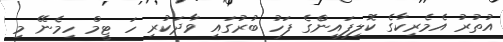
އުތުރު އެމެރިކާގެ ކޮލިފައިންެގެ ފަހު ބުރުގައި ވާދަކުރި ހަ ޓީމް ހިމެނޭ މި